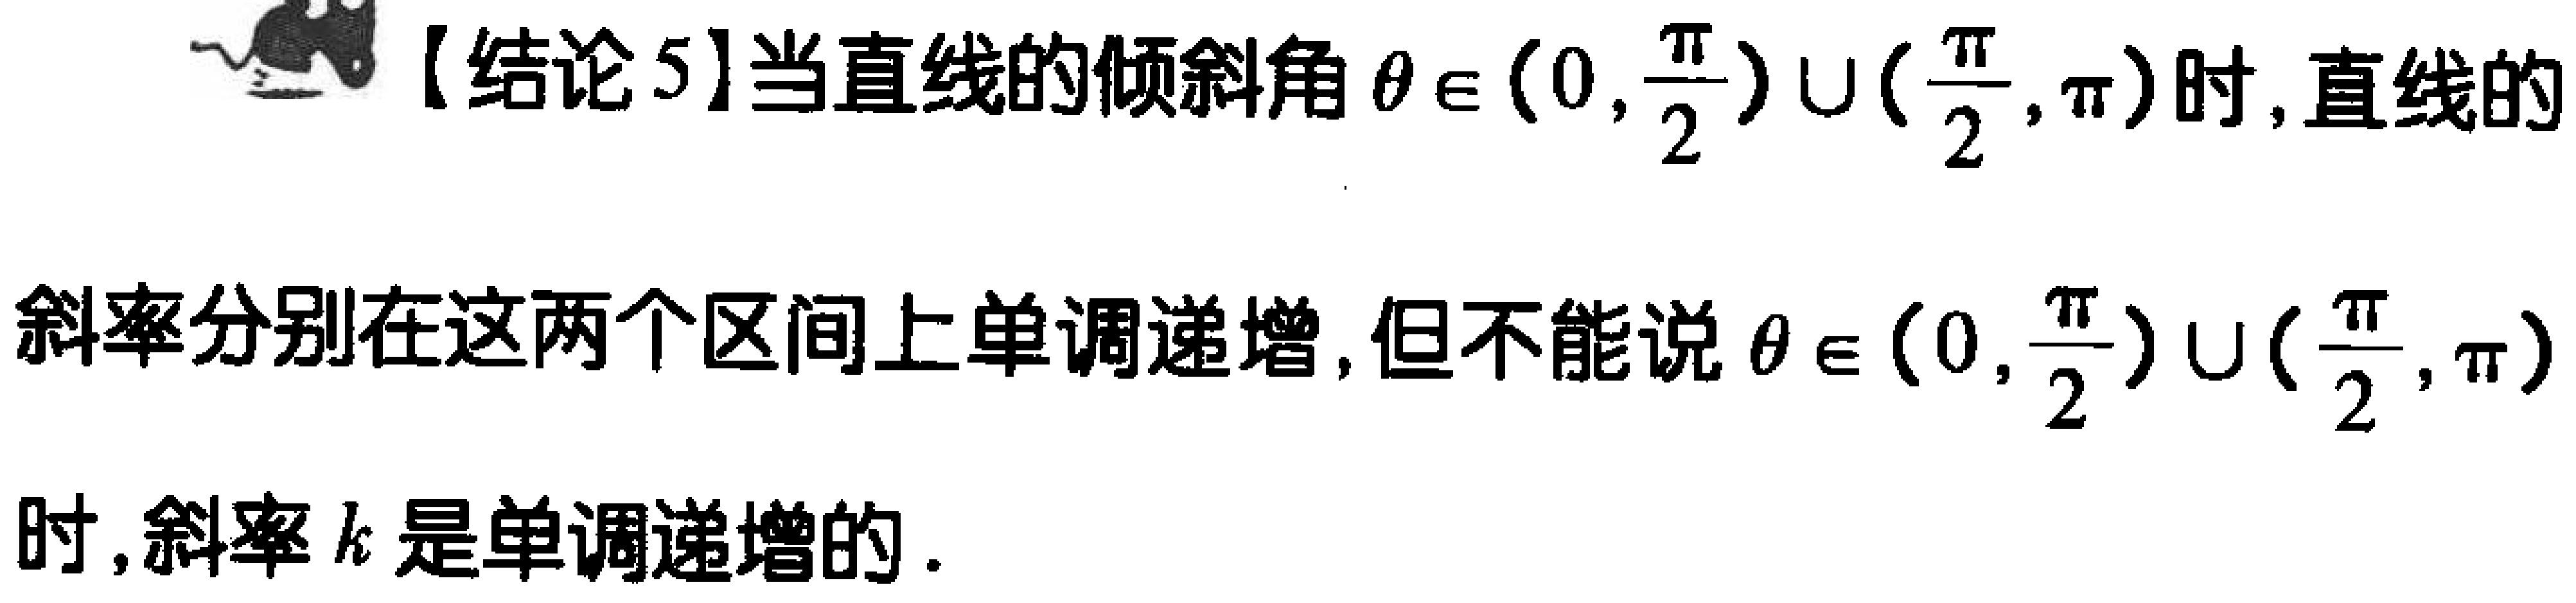
【结论5】当直线的倾斜角\(\theta \in \left(0,\frac{\pi}{2}\right)\cup\left(\frac{\pi}{2},\pi\right)\)时, 直线的
斜率分别在这两个区间上单调递增, 但不能说\(\theta \in \left(0,\frac{\pi}{2}\right)\cup\left(\frac{\pi}{2},\pi\right)\)
时, 斜率\(k\)是单调递增的.